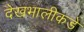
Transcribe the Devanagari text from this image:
देखभालीकडे